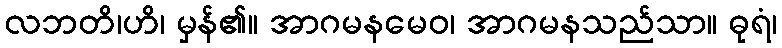
လဘတိ၊ဟိ၊ မှန်၏။ အာဂမနမေဝ၊ အာဂမနသည်သာ။ ဓုရံ၊